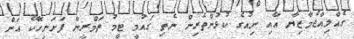
ގެއްލިއްޖެމާޒިޔާ އާއި ނިއުގެ ކުޅުންތެރިން ނެތި ގައުމީ ޓީމު ތަމްރީން ފަށަނީހޮކޭ އަށް